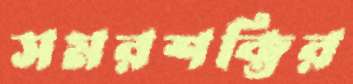
সমরশক্তির